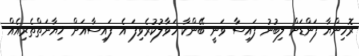
ރޮހިންޔާ ފަންޑަށް ލިބުނު ފައިސާ ވަނީ ބޭންކާ ހަވާލުކުރެވިފަ އެ ފައިސާއަށް ޚިޔާނަތްތެރިއެއް